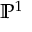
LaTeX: \mathbb { P } ^ { 1 }